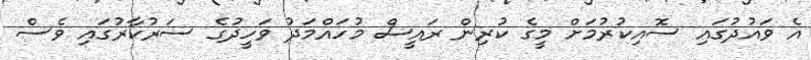
އެ ވައުދުގައި ސޮއިކުރުމަށް މީގެ ކުރިން ރައީސް މުހައްމަދު ވަހީދުގެ ސަރުކާރުގައި ވެސް